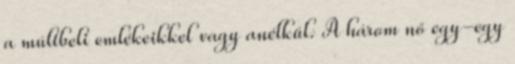
a múltbeli emlékeikkel vagy anélkül. A három nő egy-egy